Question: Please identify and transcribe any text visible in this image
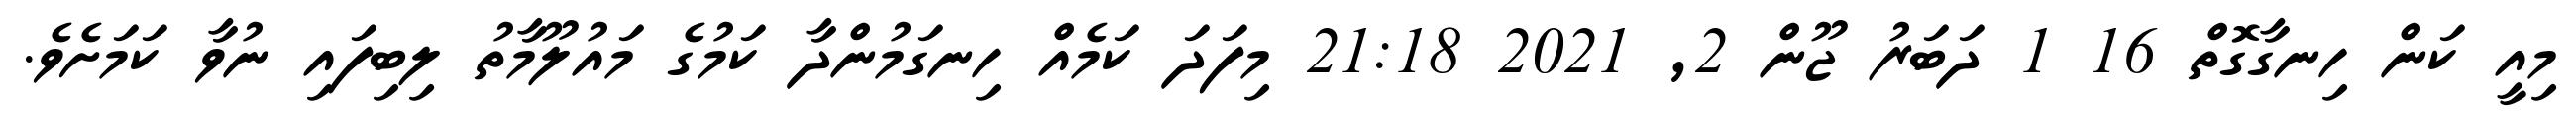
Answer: މިއީ ކަން ހިނގާގޮތް 16 1 ދަބަރު ޖޫން 2, 2021 21:18 މިފަދަ ކަމެއް ހިނގަމުންދާ ކަމުގެ މައުލޫމާތު ލިބިފައި ނުވާ ކަމަށެވެ.